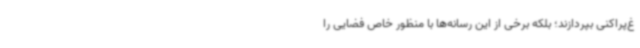
غ‌پراکنی بپردازند؛ بلکه برخی از این رسانه‌ها با منظور خاص فضایی را